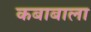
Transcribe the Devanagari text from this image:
कबाबाला